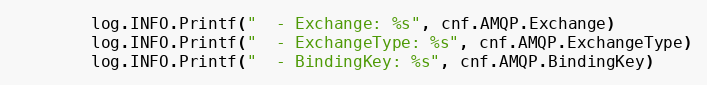
Language: Go
		log.INFO.Printf("  - Exchange: %s", cnf.AMQP.Exchange)
		log.INFO.Printf("  - ExchangeType: %s", cnf.AMQP.ExchangeType)
		log.INFO.Printf("  - BindingKey: %s", cnf.AMQP.BindingKey)